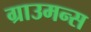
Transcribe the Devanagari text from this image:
ग्राउमन्स